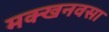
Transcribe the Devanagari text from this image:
मक्खनवसा